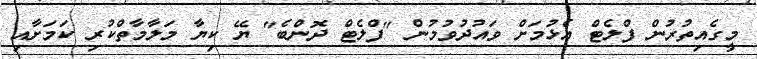
މީގެއިތުރުން ފްލެޓް އެޅުމަށް ވައުދުވުމުން "ފްލެޓް ދޮންބެ" ޔޭ ކިޔާ މަލާމާތްކުރި ކަމަށާއި